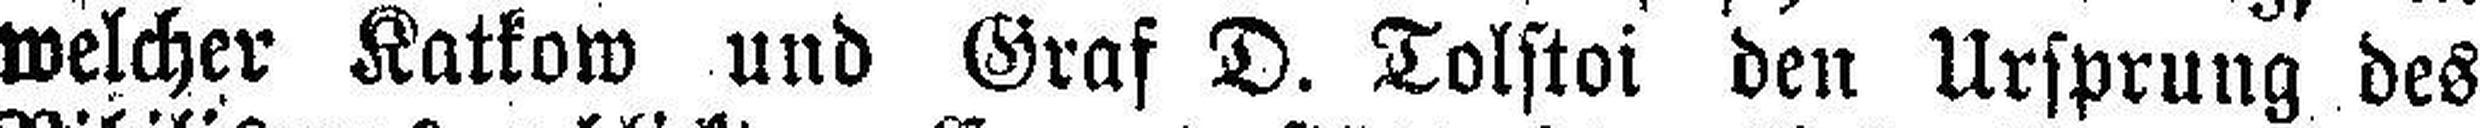
welcher Katkow und Graf D. Tolstoi den Ursprung des